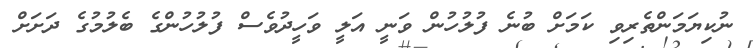
ނުކިޔަމަންތެރިވި ކަމަށް ބުނެ ފުލުހުން ވަނީ އަލީ ވަހީދުވެސް ފުލުހުންގެ ބެލުމުގެ ދަށަށް